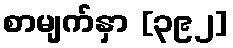
စာမျက်နှာ [၃၉၂]